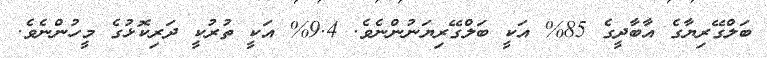
ބަލްގޭރިޔާގެ އާބާދީގެ 85% އަކީ ބަލްގޭރިޔަނުންނެވެ. 9.4% އަކީ ތުރުކީ ދަރިކޮޅުގެ މީހުންނެވެ.